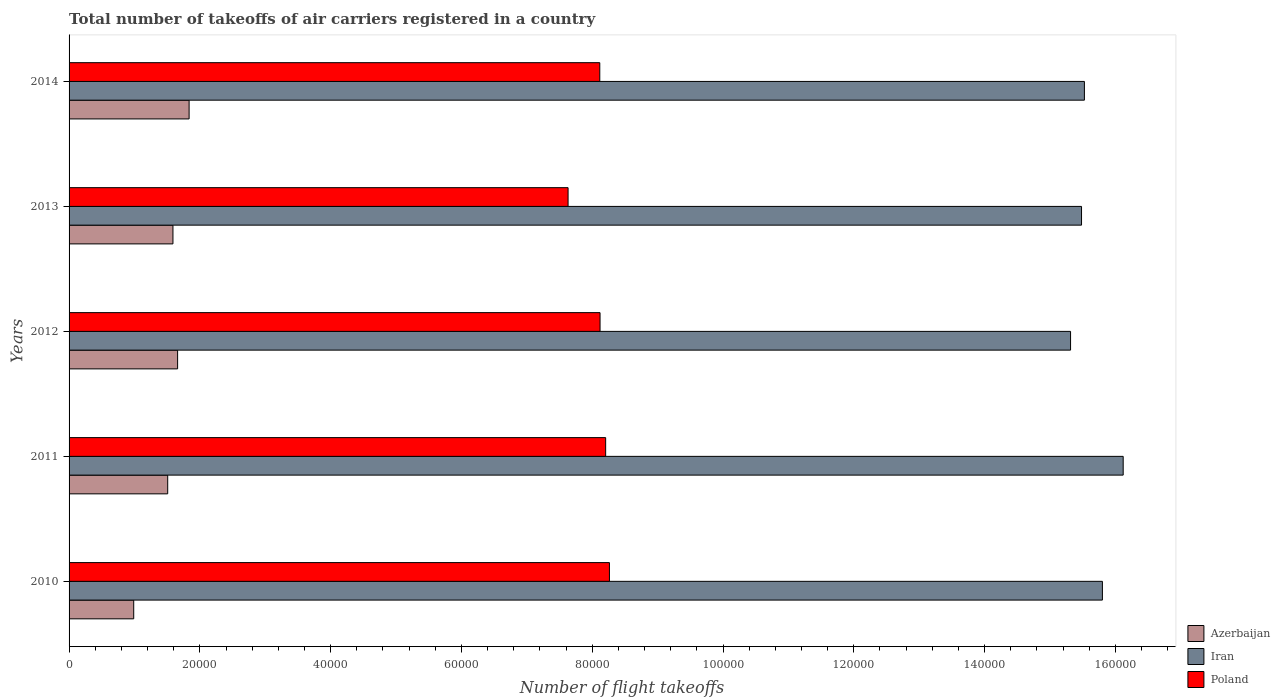
| Years | Azerbaijan | Iran | Poland |
 | --- | --- | --- | --- |
 | 2010 | 9.88e+03 | 1.58e+05 | 8.26e+04 |
 | 2011 | 1.51e+04 | 1.61e+05 | 8.21e+04 |
 | 2012 | 1.66e+04 | 1.53e+05 | 8.12e+04 |
 | 2013 | 1.59e+04 | 1.55e+05 | 7.63e+04 |
 | 2014 | 1.84e+04 | 1.55e+05 | 8.12e+04 |